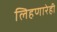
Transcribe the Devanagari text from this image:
लिहणारेही